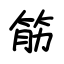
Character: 筋